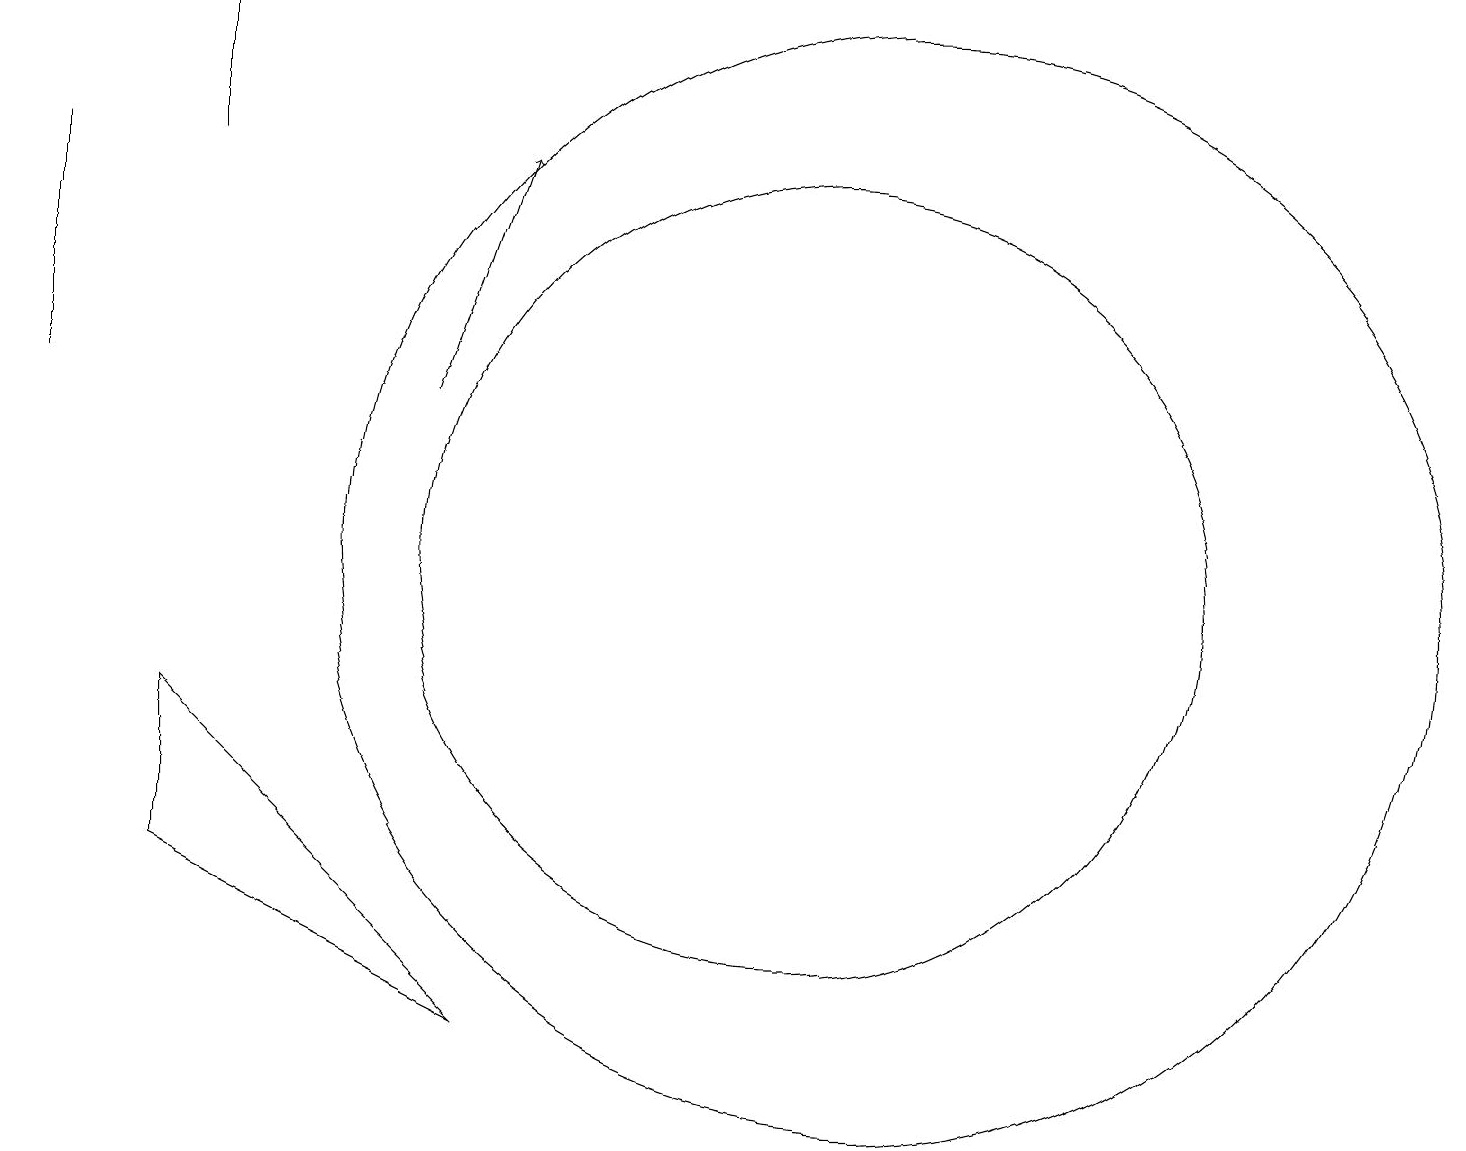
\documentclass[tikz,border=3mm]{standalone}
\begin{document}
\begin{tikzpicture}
\draw[->] (5,12) -- (6,15);
\draw (10,10) circle (5);
\draw (11,10) circle (7);
\draw (0,15) rectangle (0,12);
\draw (2,17) rectangle (2,15);
\draw (6,4) -- (2,8) -- (2,6) -- cycle;
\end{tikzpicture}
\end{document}